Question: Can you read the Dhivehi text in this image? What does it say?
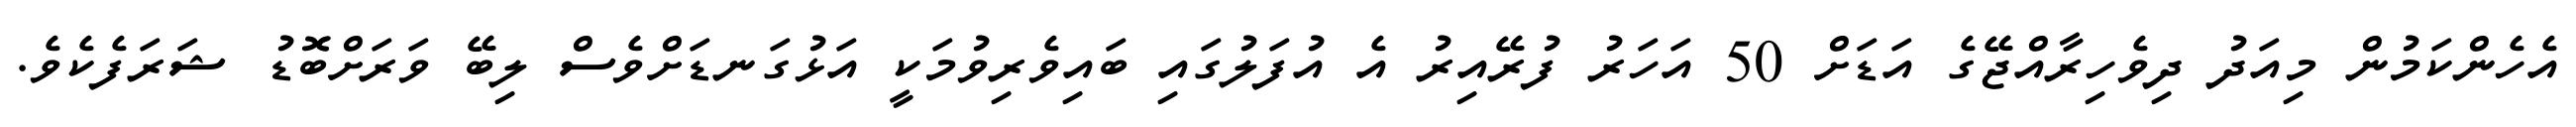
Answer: އެހެންކަމުން މިއަދު ދިވެހިރާއްޖޭގެ އަޑަށް 50 އަހަރު ފުރޭއިރު އެ އުފަލުގައި ބައިވެރިވުމަކީ އަޅުގަނޑަށްވެސް ލިބޭ ވަރަށްބޮޑު ޝަރަފެކެވެ.